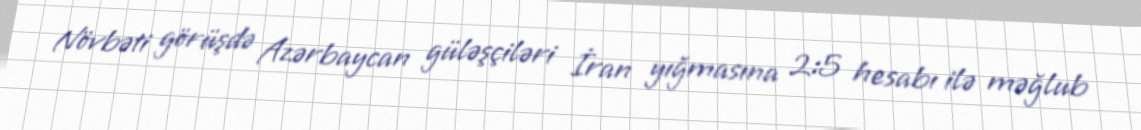
Növbəti görüşdə Azərbaycan güləşçiləri İran yığmasına 2:5 hesabı ilə məğlub